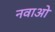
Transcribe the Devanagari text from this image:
नवाओ